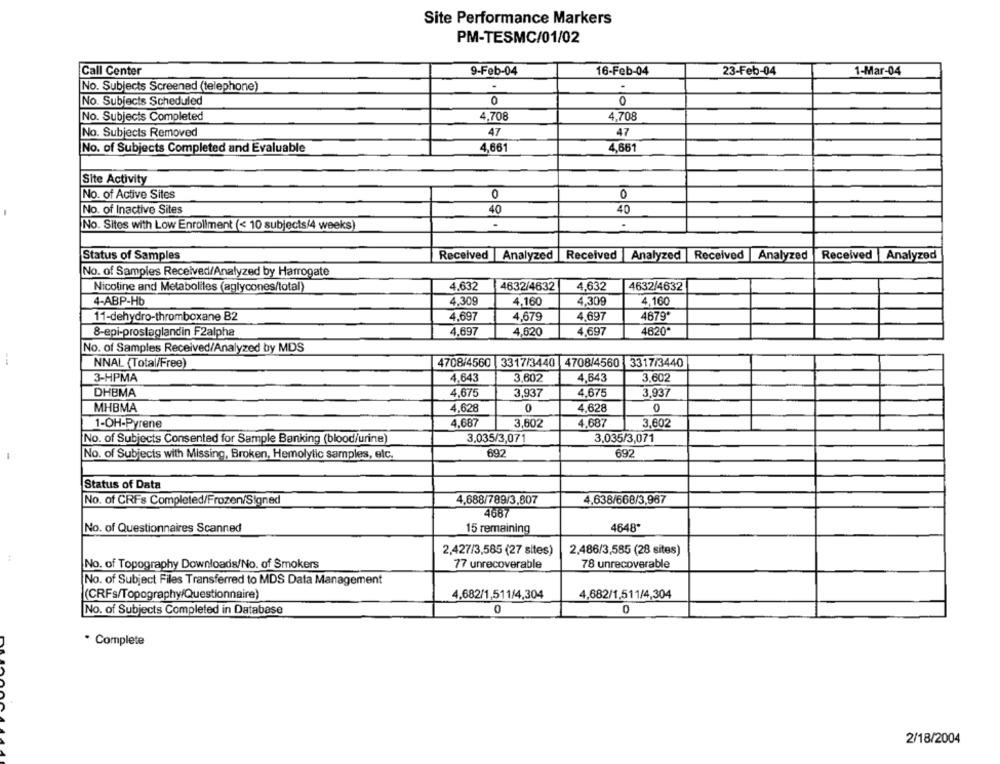
Site Performance Markers
PM-TESMC/01/02
Call Center
9-Feb-04
16-Feb-04
23-Feb-04
1-Mar-04
.
No. Subjects Screened (telephone)
0
No. Subjects Scheduled
No. Subjects Completed
4,708
4,708
No. Subjects Removed
47
47
No. of Subjects Completed and Evaluable
4,661
4,661
Site Activity
No. of Active Sites
0
0
No. of Inactive Sites
40
40
No. Sites with Low Enrollment (< 10 subjects/4 weeks)
Status of Samples
Received |Analyzed
Received Analyzed Received
Analyzed
Received Analyzed
No. of Samples Received/Analyzed by Harrogate
Nicoline and Metabolites (aglycones/total)
4,632
4632/4632
4,632
4632/4632
4-ABP-Hb
4.309
4,160
4,309
4,160
11-dehydro-thromboxane B2
4.697
4,679
4.697
4679"
8-epi-prostaglandin F2alpha
4,697
4,620
4,697
4620
No. of Samples Received/Analyzed by MDS
NNAL (Total/Free)
4708/4560 3317/3440 4708/4560 3317/3440
3-HPMA
4,643
3.602
4,643
3.602
DHBMA
4,675
3,937
4,675
3,937
MHBMA
4,628
0
4,628
0
1-OH-Pyrene
4,687
3,602
4,687
3,602
No. of Subjects Consented for Sample Banking (blood/urine)
3,035/3,071
3,035/3,071
No. of Subjects with Missing, Broken, Hemolytic samples, elc.
692
692
Status of Data
No. of CRFs Completed/Frozen/Signed
4,688/789/3,807
4,638/668/3,967
468
4648"
No. of Questionnaires Scanned
15 remaining
2,427/3,585 (27 sites)
2,486/3,585 (28 sites)
No. of Topography Downloads/No. of Smokers
77 unrecoverable
78 unrecoverable
No. of Subject Files Transferred to MDS Data Management
(CRFs/Topography/Questionnaire)
4,682/1,511/4,304
4,682/1.511/4,304
No. of Subjects Completed in Database
0
0
· Complete
2/18/2004